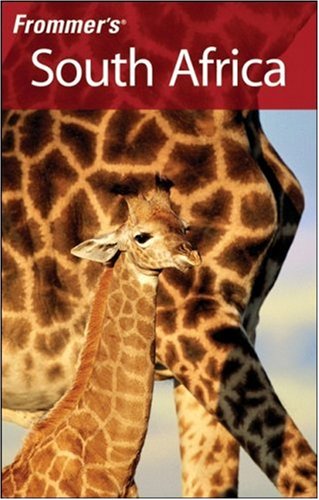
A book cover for Frommer's South Africa (Frommer's Complete); Pippa de Bruyn; Travel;